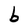
Character: b